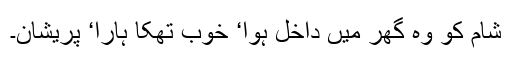
شام کو وہ گھر میں داخل ہوا‘ خوب تھکا ہارا‘ پریشان۔